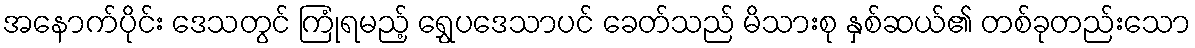
အနောက်ပိုင်း ဒေသတွင် ကြုံရမည့် ရွှေပဒေသာပင် ခေတ်သည် မိသားစု နှစ်ဆယ်၏ တစ်ခုတည်းသော